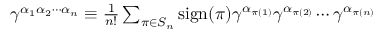
\begin{array} { r } { \gamma ^ { \alpha _ { 1 } \alpha _ { 2 } \cdots \alpha _ { n } } \equiv \frac { 1 } { n ! } \sum _ { \pi \in S _ { n } } \mathrm { s i g n } ( \pi ) \gamma ^ { \alpha _ { \pi ( 1 ) } } \gamma ^ { \alpha _ { \pi ( 2 ) } } \cdots \gamma ^ { \alpha _ { \pi ( n ) } } } \end{array}